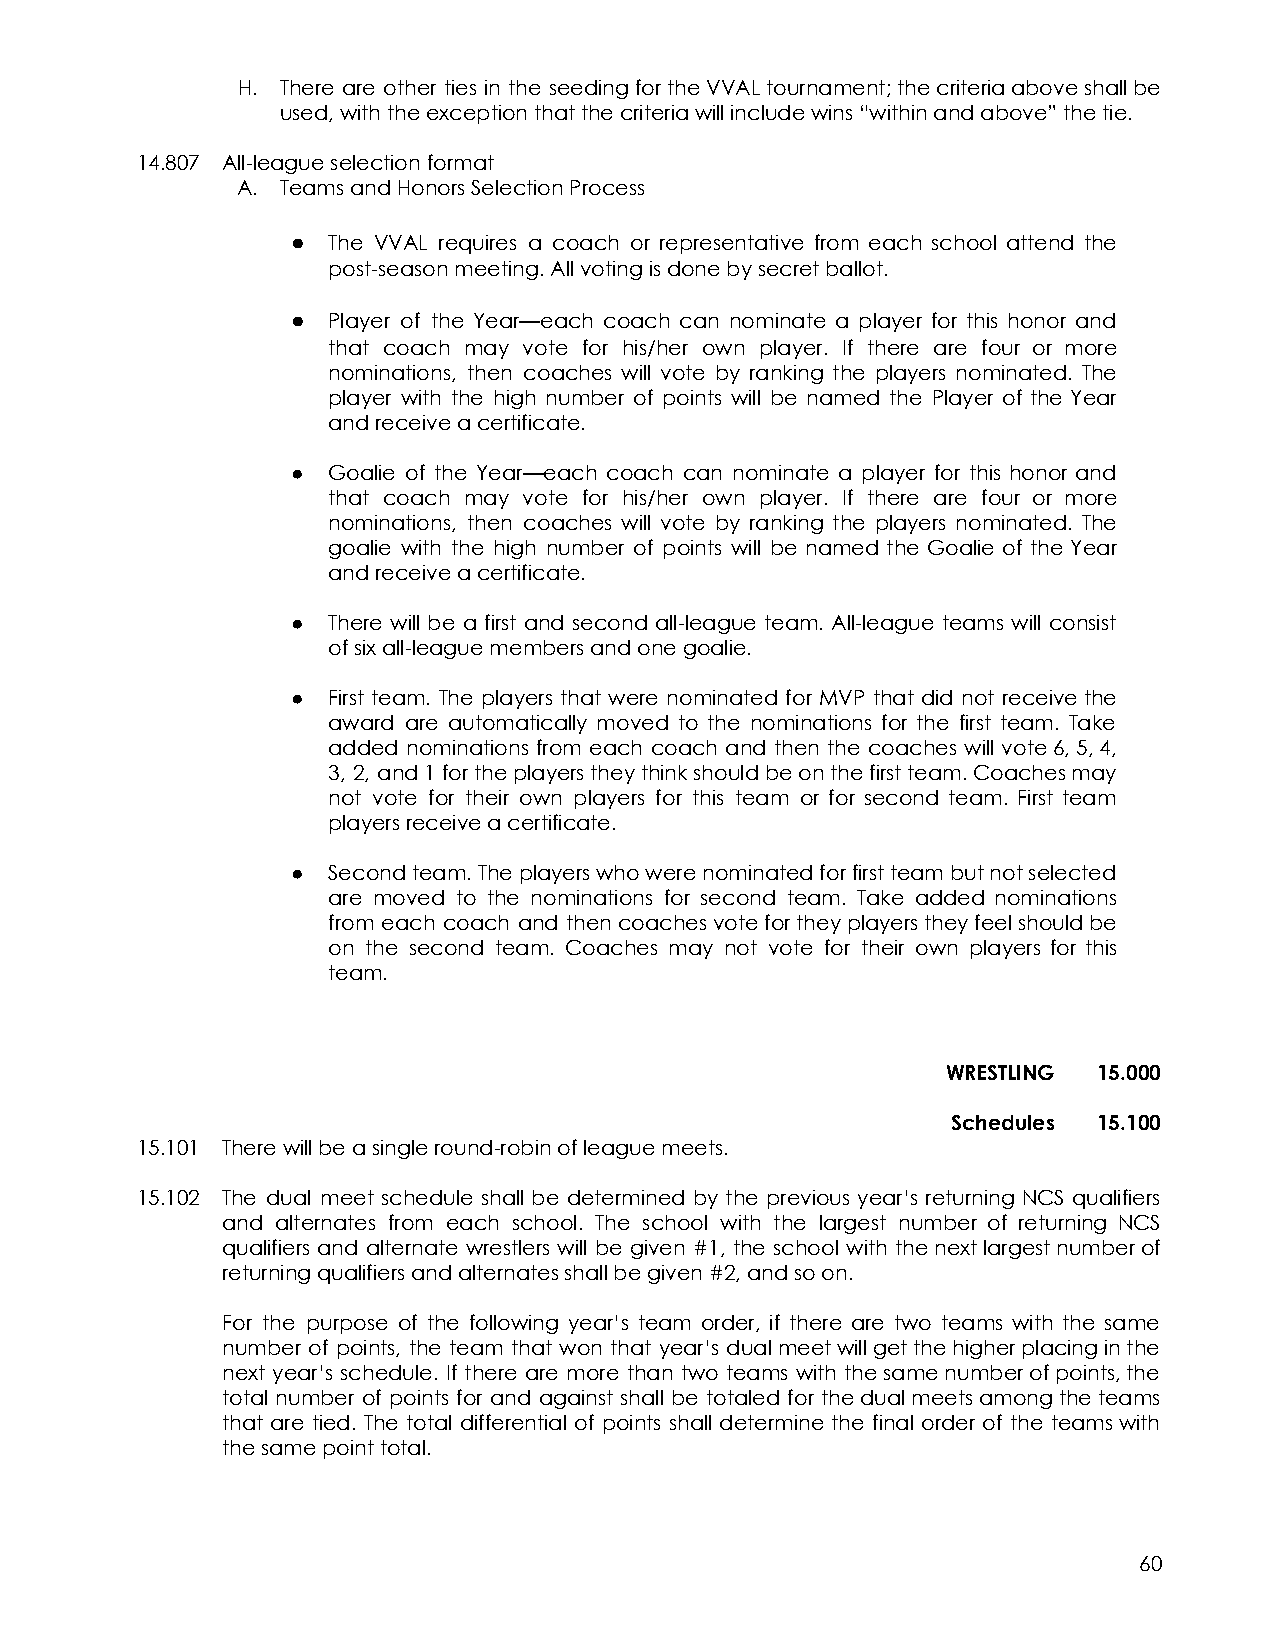
H. There are other ties in the seedingfortheVVALtournament;thecriteriaaboveshallbe
 used, with the exception that the criteria will include wins “within and above” the tie.
 14.807 All-league selection format
 A. Teams and Honors Selection Process
 ●  The VVAL requires a coach or representative from each school attend the
 post-season meeting. All voting is done by secret ballot.
 ●  Player of the Year—each coach can nominate a player for this honor and
 that coach may vote for his/her own player. If there are four or more
 nominations, then coaches will vote by ranking the players nominated. The
 player with the high number of points will be named the Player of the Year
 and receive a certificate.
 ●  Goalie of the Year—each coach can nominate a player for this honor and
 that coach may vote for his/her own player. If there are four or more
 nominations, then coaches will vote by ranking the players nominated. The
 goalie with the high number of points will be named the Goalie of the Year
 and receive a certificate.
 ●  There will be a first and second all-league team. All-league teams will consist
 of six all-league members and one goalie.
 ●  First team. The players that were nominated for MVP that did not receivethe
 award are automatically moved to the nominations for the first team. Take
 added nominations from each coach and then the coaches will vote6,5,4,
 3, 2, and1fortheplayerstheythinkshouldbeonthefirstteam.Coachesmay
 not vote for their own players for this team or for second team. First team
 players receive a certificate.
 ●  Secondteam.Theplayerswhowerenominatedforfirstteambutnotselected
 are moved to the nominations for second team. Take added nominations
 from each coach and thencoachesvotefortheyplayerstheyfeelshouldbe
 on the second team. Coaches may not vote for their own players for this
 team.
 WRESTLING 15.000
 Schedules 15.100
 15.101 There will be a single round-robin of league meets.
 15.102 The dual meet schedule shall be determined by the previous year’s returning NCS qualifiers
 and alternates from each school. The school with the largest number of returning NCS
 qualifiers and alternate wrestlers will be given #1, the school with thenextlargestnumberof
 returning qualifiers and alternates shall be given #2, and so on.
 For the purpose of the following year’s team order, if there are two teams with the same
 number of points, the team that won that year’s dualmeetwillgetthehigherplacinginthe
 next year’s schedule. If there are more than two teams with thesamenumberofpoints,the
 total number of points for and against shall be totaled for thedualmeetsamongtheteams
 that are tied. The total differential of points shall determine the final order of the teamswith
 the same point total.
 60